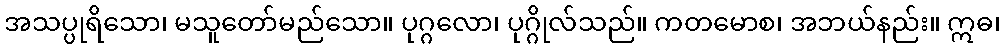
အသပ္ပုရိသော၊ မသူတော်မည်သော။ ပုဂ္ဂလော၊ ပုဂ္ဂိုလ်သည်။ ကတမောစ၊ အဘယ်နည်း။ ဣဓ၊